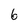
Character: 6